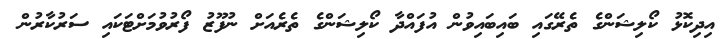
އިދިކޮޅު ކޯލިޝަންގެ ތެރޭގައި ބައިބައިވުން އުފައްދާ ކޯލިޝަންގެ ތެރެއަށް ނުފޫޒު ފޯރުވުމަށްޓަކައި ސަރުކާރުން